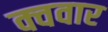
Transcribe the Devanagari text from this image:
क्ववार